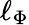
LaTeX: \ell_{\Phi}